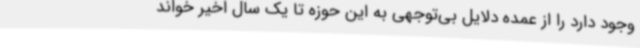
وجود دارد را از عمده دلایل بی‌توجهی به این حوزه تا یک سال اخیر خواند